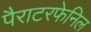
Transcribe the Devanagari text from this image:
पैराटरफेनिल